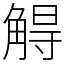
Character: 䚟